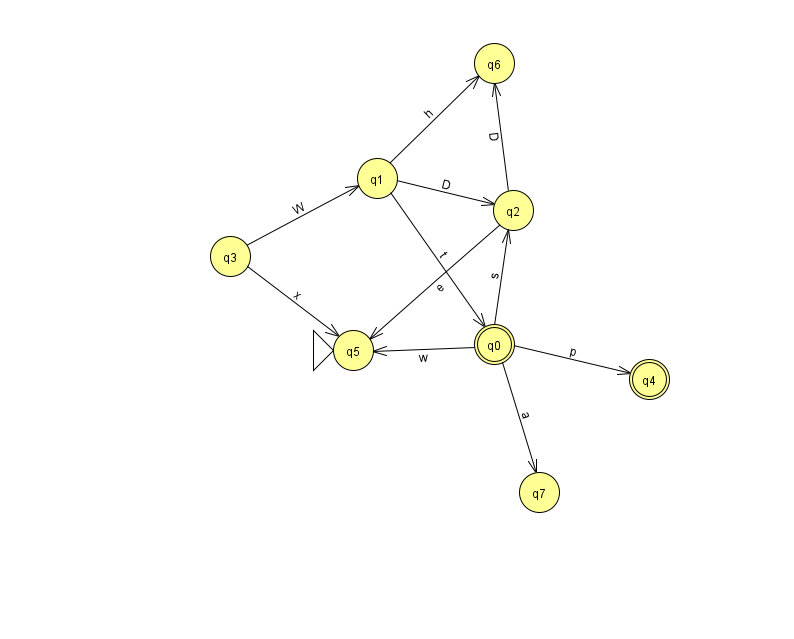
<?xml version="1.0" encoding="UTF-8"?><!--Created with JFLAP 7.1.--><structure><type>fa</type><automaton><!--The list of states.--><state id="0" name="q0"><x>494.0</x><y>331.0</y><final/></state><state id="1" name="q1"><x>377.0</x><y>165.0</y></state><state id="2" name="q2"><x>513.0</x><y>197.0</y></state><state id="3" name="q3"><x>230.0</x><y>243.0</y></state><state id="4" name="q4"><x>649.0</x><y>366.0</y><final/></state><state id="5" name="q5"><x>353.0</x><y>337.0</y><initial/></state><state id="6" name="q6"><x>494.0</x><y>50.0</y></state><state id="7" name="q7"><x>539.0</x><y>479.0</y></state><!--The list of transitions.--><transition><from>2</from><to>5</to><read>e</read></transition><transition><from>0</from><to>7</to><read>a</read></transition><transition><from>1</from><to>6</to><read>h</read></transition><transition><from>1</from><to>2</to><read>D</read></transition><transition><from>3</from><to>5</to><read>x</read></transition><transition><from>0</from><to>2</to><read>s</read></transition><transition><from>0</from><to>5</to><read>w</read></transition><transition><from>2</from><to>6</to><read>D</read></transition><transition><from>1</from><to>0</to><read>t</read></transition><transition><from>0</from><to>4</to><read>p</read></transition><transition><from>3</from><to>1</to><read>W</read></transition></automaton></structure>